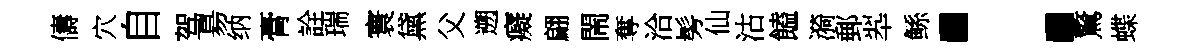
儔穴自驾昜纳膏詮瑞寰黛父遡癡翩閙奪洽髣仙沽饁漪郵翆鲧：驚蝶